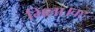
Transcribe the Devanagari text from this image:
मिला।वह